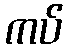
ကပ်